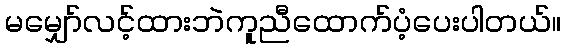
မမျှော်လင့်ထားဘဲကူညီထောက်ပံ့ပေးပါတယ်။